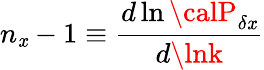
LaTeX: n_{\mathit{x}}-1\equiv{\frac{{d\ln{\calP}_{\delta\mathit{x}}}}{{d\lnk}}}